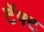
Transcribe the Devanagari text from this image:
टॅफ्ट